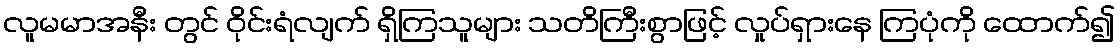
လူမမာအနီး တွင် ဝိုင်းရံလျက် ရှိကြသူများ သတိကြီးစွာဖြင့် လှုပ်ရှားနေ ကြပုံကို ထောက်၍